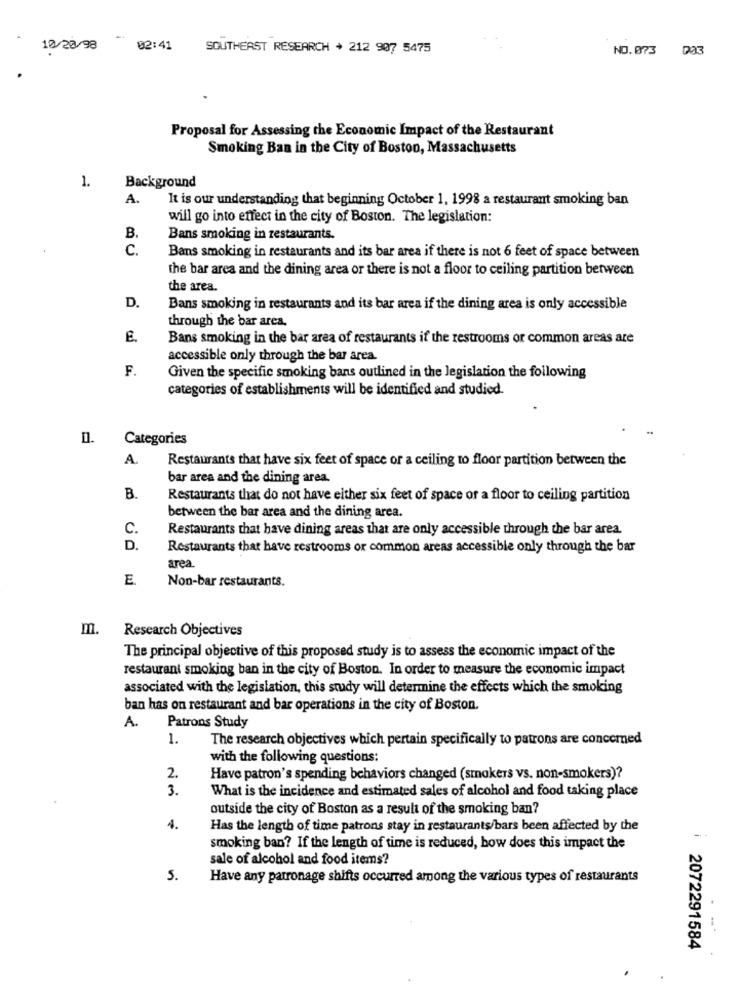
10/28/98
02:41
SOUTHEAST RESEARCH + 212 907 5475
NO.073 003
Proposal for Assessing the Economic Impact of the Restaurant
Smoking Ban in the City of Boston, Massachusetts
1.
Background
A.
It is our understanding that beginning October 1, 1998 a restaurant smoking ban
will go into effect in the city of Boston. The legislation:
B.
Bans smoking in restaurants.
c.
Bans smoking in restaurants and its bar area if there is not 6 feet of space between
the bar area and the dining area or there is not a floor to ceiling partition between
the area.
D.
Bans smoking in restaurants and its bar area if the dining area is only accessible
through the bar area,
E.
Bans smoking in the bar area of restaurants if the restrooms or common areas are
accessible only through the bar area.
F.
Given the specific smoking bans outlined in the legislation the following
categories of establishments will be identified and studied.
Categories
A.
Restaurants that have six feet of space or a ceiling to floor partition between the
bar area and the dining area.
B
Restaurants that do not have either six feet of space or a floor to ceiling partition
between the bar area and the dining area.
C.
Restaurants that have dining areas that are only accessible through the bar area.
D.
Restaurants that have restrooms or common areas accessible only through the bar
area.
E.
Non-bar restaurants.
m.
Research Objectives
The principal objective of this proposed study is to assess the economic impact of the
restaurant smoking ban in the city of Boston. In order to measure the economic impact
associated with the legislation, this study will determine the effects which the smoking
ban has on restaurant and bar operations in the city of Boston.
A.
Patrons Study
1.
The research objectives which pertain specifically to patrons are concerned
with the following questions:
2.
Have patron's spending behaviors changed (smokers vs. non-smokers)?
3.
What is the incidence and estimated sales of alcohol and food taking place
outside the city of Boston as a result of the smoking ban?
4.
Has the length of time patrons stay in restaurants/bars been affected by the
smoking ban? If the length of time is reduced, how does this impact the
sale of alcohol and food items?
5.
Have any patronage shifts occurred among the various types of restaurants
. --
2072291584